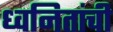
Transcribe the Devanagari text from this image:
ध्वनितांची